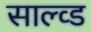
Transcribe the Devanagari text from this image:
साल्व्ड